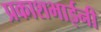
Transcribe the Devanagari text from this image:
प्रकाशभाईनी